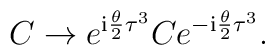
C\rightarrow e^{\mathrm{i} {\theta\over 2}\tau^3} C  e^{-\mathrm{i} {\theta\over 2}\tau^3}.